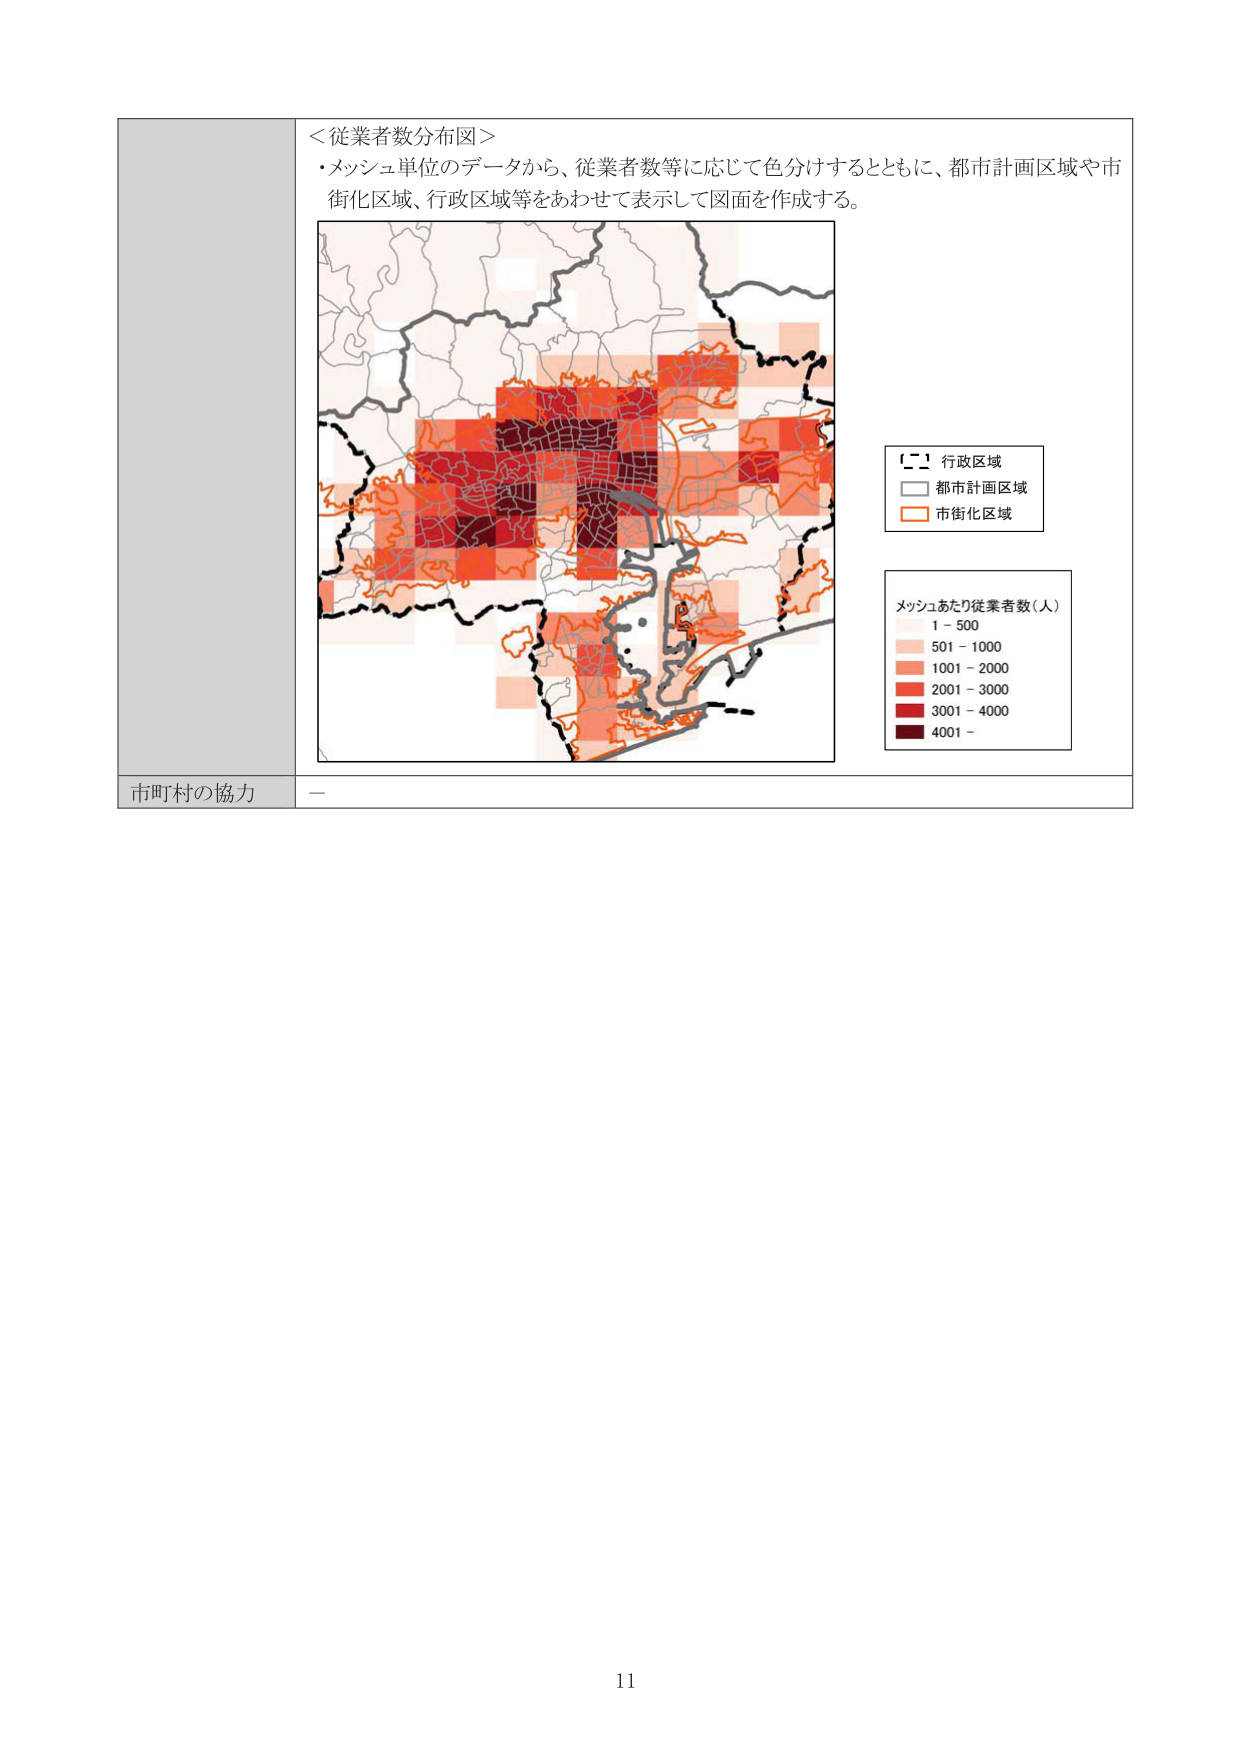
＜従業者数分布図＞
・メッシュ単位のデータから、従業者数等に応じて色分けするとともに、都市計画区域や市街化区域、行政区域等をあわせて表示して図面を作成する。

行政区域
都市計画区域
市街化区域

メッシュあたり従業者数（人）
1 - 500
501 - 1000
1001 - 2000
2001 - 3000
3001 - 4000
4001 -

市町村の協力
－

11